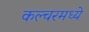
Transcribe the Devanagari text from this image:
कल्चरमध्ये